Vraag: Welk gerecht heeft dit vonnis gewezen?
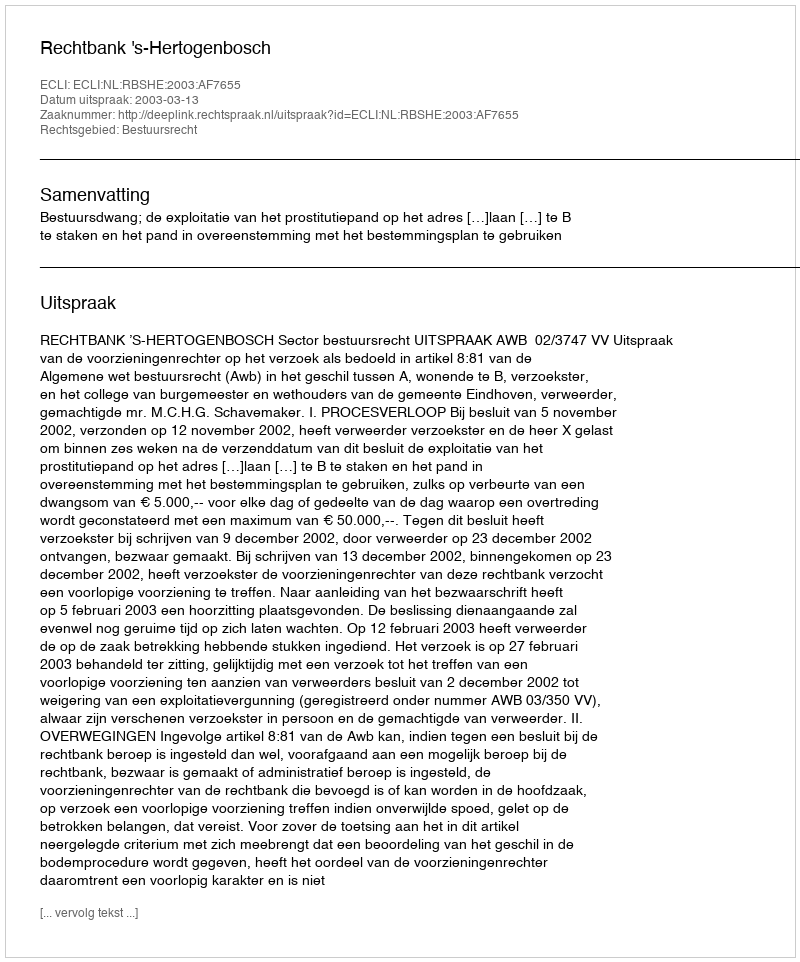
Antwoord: Rechtbank 's-Hertogenbosch